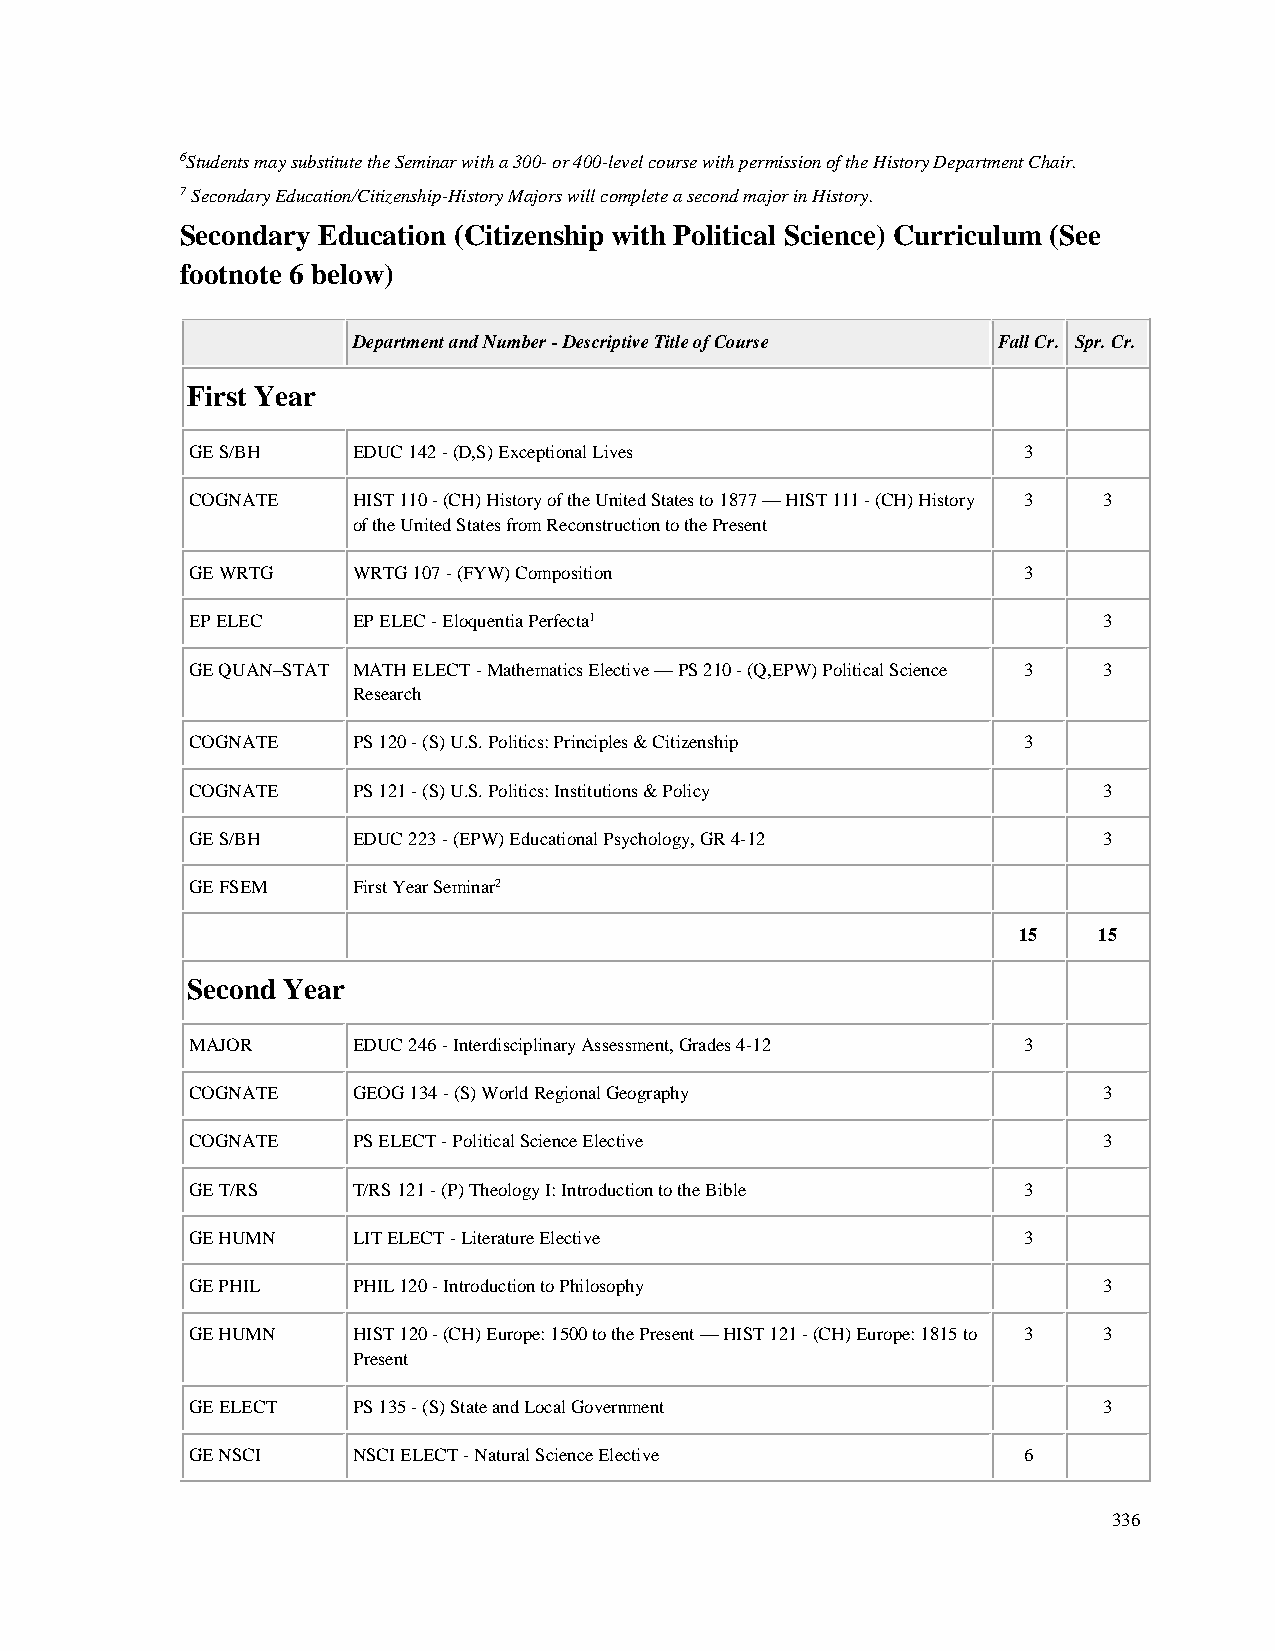
6Students may substitute the Seminar with a 300- or 400-level course with permission of the History Department Chair.
 7 Secondary Education/Citizenship-History Majors will complete a second major in History.
 Secondary Education (Citizenship with Political Science) Curriculum (See
 footnote 6 below)
 Department and Number - Descriptive Title of Course Fall Cr. Spr. Cr.
 First Year
 GE S/BH   EDUC 142 - (D,S) Exceptional Lives           3
 COGNATE   HIST 110 - (CH) History of the United States to 1877 — HIST 111 - (CH) History 3 3
 of the United States from Reconstruction to the Present
 GE WRTG   WRTG 107 - (FYW) Composition                 3
 EP ELEC   EP ELEC - Eloquentia Perfecta1                    3
 GE QUAN–STAT MATH ELECT - Mathematics Elective — PS 210 - (Q,EPW) Political Science 3 3
 Research
 COGNATE   PS 120 - (S) U.S. Politics: Principles & Citizenship 3
 COGNATE   PS 121 - (S) U.S. Politics: Institutions & Policy 3
 GE S/BH   EDUC 223 - (EPW) Educational Psychology, GR 4-12  3
 GE FSEM   First Year Seminar2
 15    15
 Second Year
 MAJOR     EDUC 246 - Interdisciplinary Assessment, Grades 4-12 3
 COGNATE   GEOG 134 - (S) World Regional Geography           3
 COGNATE   PS ELECT - Political Science Elective             3
 GE T/RS   T/RS 121 - (P) Theology I: Introduction to the Bible 3
 GE HUMN   LIT ELECT - Literature Elective              3
 GE PHIL   PHIL 120 - Introduction to Philosophy             3
 GE HUMN   HIST 120 - (CH) Europe: 1500 to the Present — HIST 121 - (CH) Europe: 1815 to 3 3
 Present
 GE ELECT  PS 135 - (S) State and Local Government           3
 GE NSCI   NSCI ELECT - Natural Science Elective        6
 336